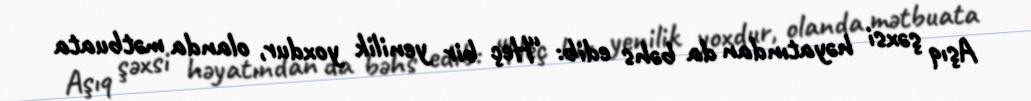
Aşıq şəxsi həyatından da bəhs edib: “Heç bir yenilik yoxdur, olanda mətbuata